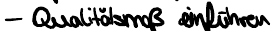
- Qualitätsmaß einführen